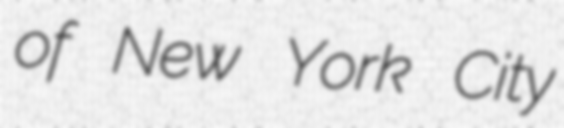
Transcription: of New York City